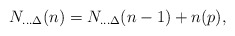
\begin{align*}N_{...\Delta}(n)=N_{...\Delta}(n-1)+n(p),\end{align*}